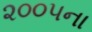
૨૦૦૫ના